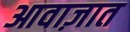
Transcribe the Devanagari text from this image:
आवाज़ात